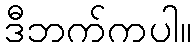
ဒီဘက်ကပါ။